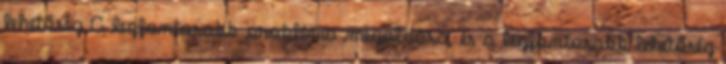
lehetőség A legfontosabb probléma megoldása, és a legfontosabb lehetőség